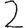
Digit: 2